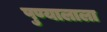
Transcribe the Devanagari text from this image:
पुण्यालाला